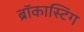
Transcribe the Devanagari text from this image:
ब्रॉकास्टिंग